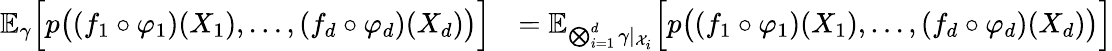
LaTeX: \begin{array}{rl}{\mathbb{E}_{\gamma}\Big[p\big((f_{1}\circ\varphi_{1})(X_{1}),\dots,(f_{d}\circ\varphi_{d})(X_{d})\big)\Big]}&{=\mathbb{E}_{\bigotimes_{i=1}^{d}\gamma\vert_{\mathcal{X}_{i}}}\Big[p\big((f_{1}\circ\varphi_{1})(X_{1}),\dots,(f_{d}\circ\varphi_{d})(X_{d})\big)\Big]}\end{array}